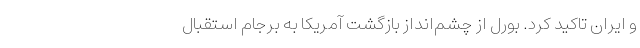
و ایران تاکید کرد. بورل از چشم‌انداز بازگشت آمریکا به برجام استقبال